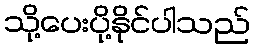
သို့ပေးပို့နိုင်ပါသည်